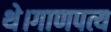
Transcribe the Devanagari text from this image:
थे।गाणपत्य